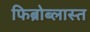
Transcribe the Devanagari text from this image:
फिब्रोब्लास्त